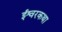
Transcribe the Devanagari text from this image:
ईश्वरकथा